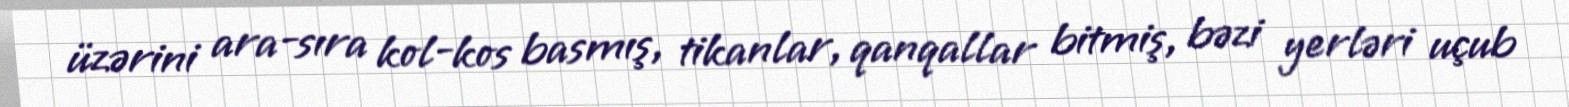
üzərini ara-sıra kol-kos basmış, tikanlar, qanqallar bitmiş, bəzi yerləri uçub